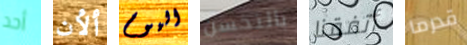
أحد ألأن اليوم بالتحسن أتفقنا قدرما